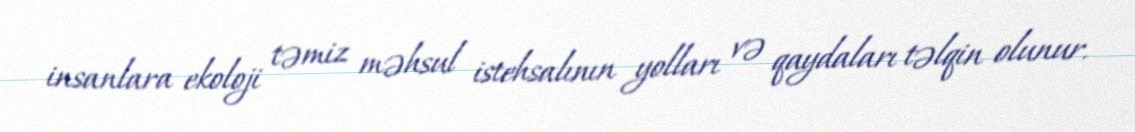
insanlara ekoloji təmiz məhsul istehsalının yolları və qaydaları təlqin olunur.